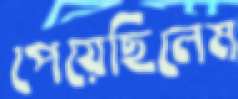
পেয়েছিলেম